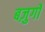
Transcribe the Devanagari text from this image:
बज़ुर्गों